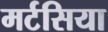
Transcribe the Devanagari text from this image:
मर्टसिया